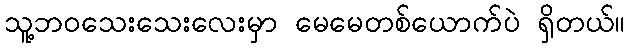
သူ့ဘဝသေးသေးလေးမှာ မေမေတစ်ယောက်ပဲ ရှိတယ်။